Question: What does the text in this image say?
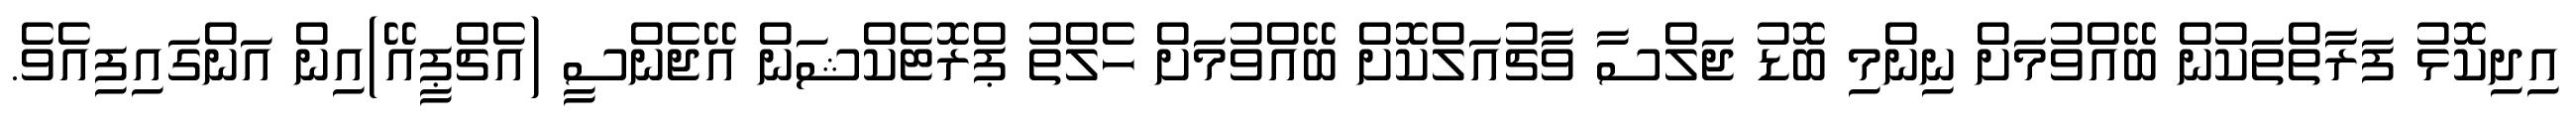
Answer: އިދިކޮޅު ފަރާތްތަކުން ބޭއްވުމަށް ނިންމި ބޮޑު ޖަލްސާ ވާޗުއަލްކޮށް ބޭއްވުމަށް ހެލްތު ޕްރޮޓެކްޝަން އޭޖެންސީ (އެޗްޕީއޭ)އިން އަންގައިފިއެވެ.